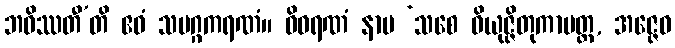
ဘဝိဿတီ’တိ ဧဝံ သမဂ္ဂကရဏံ။ ဝိဝရဏံ နာမ ‘သစေ ဝိယုဇ္ဇိတုကာမတ္ထ, အဇ္ဇေဝ